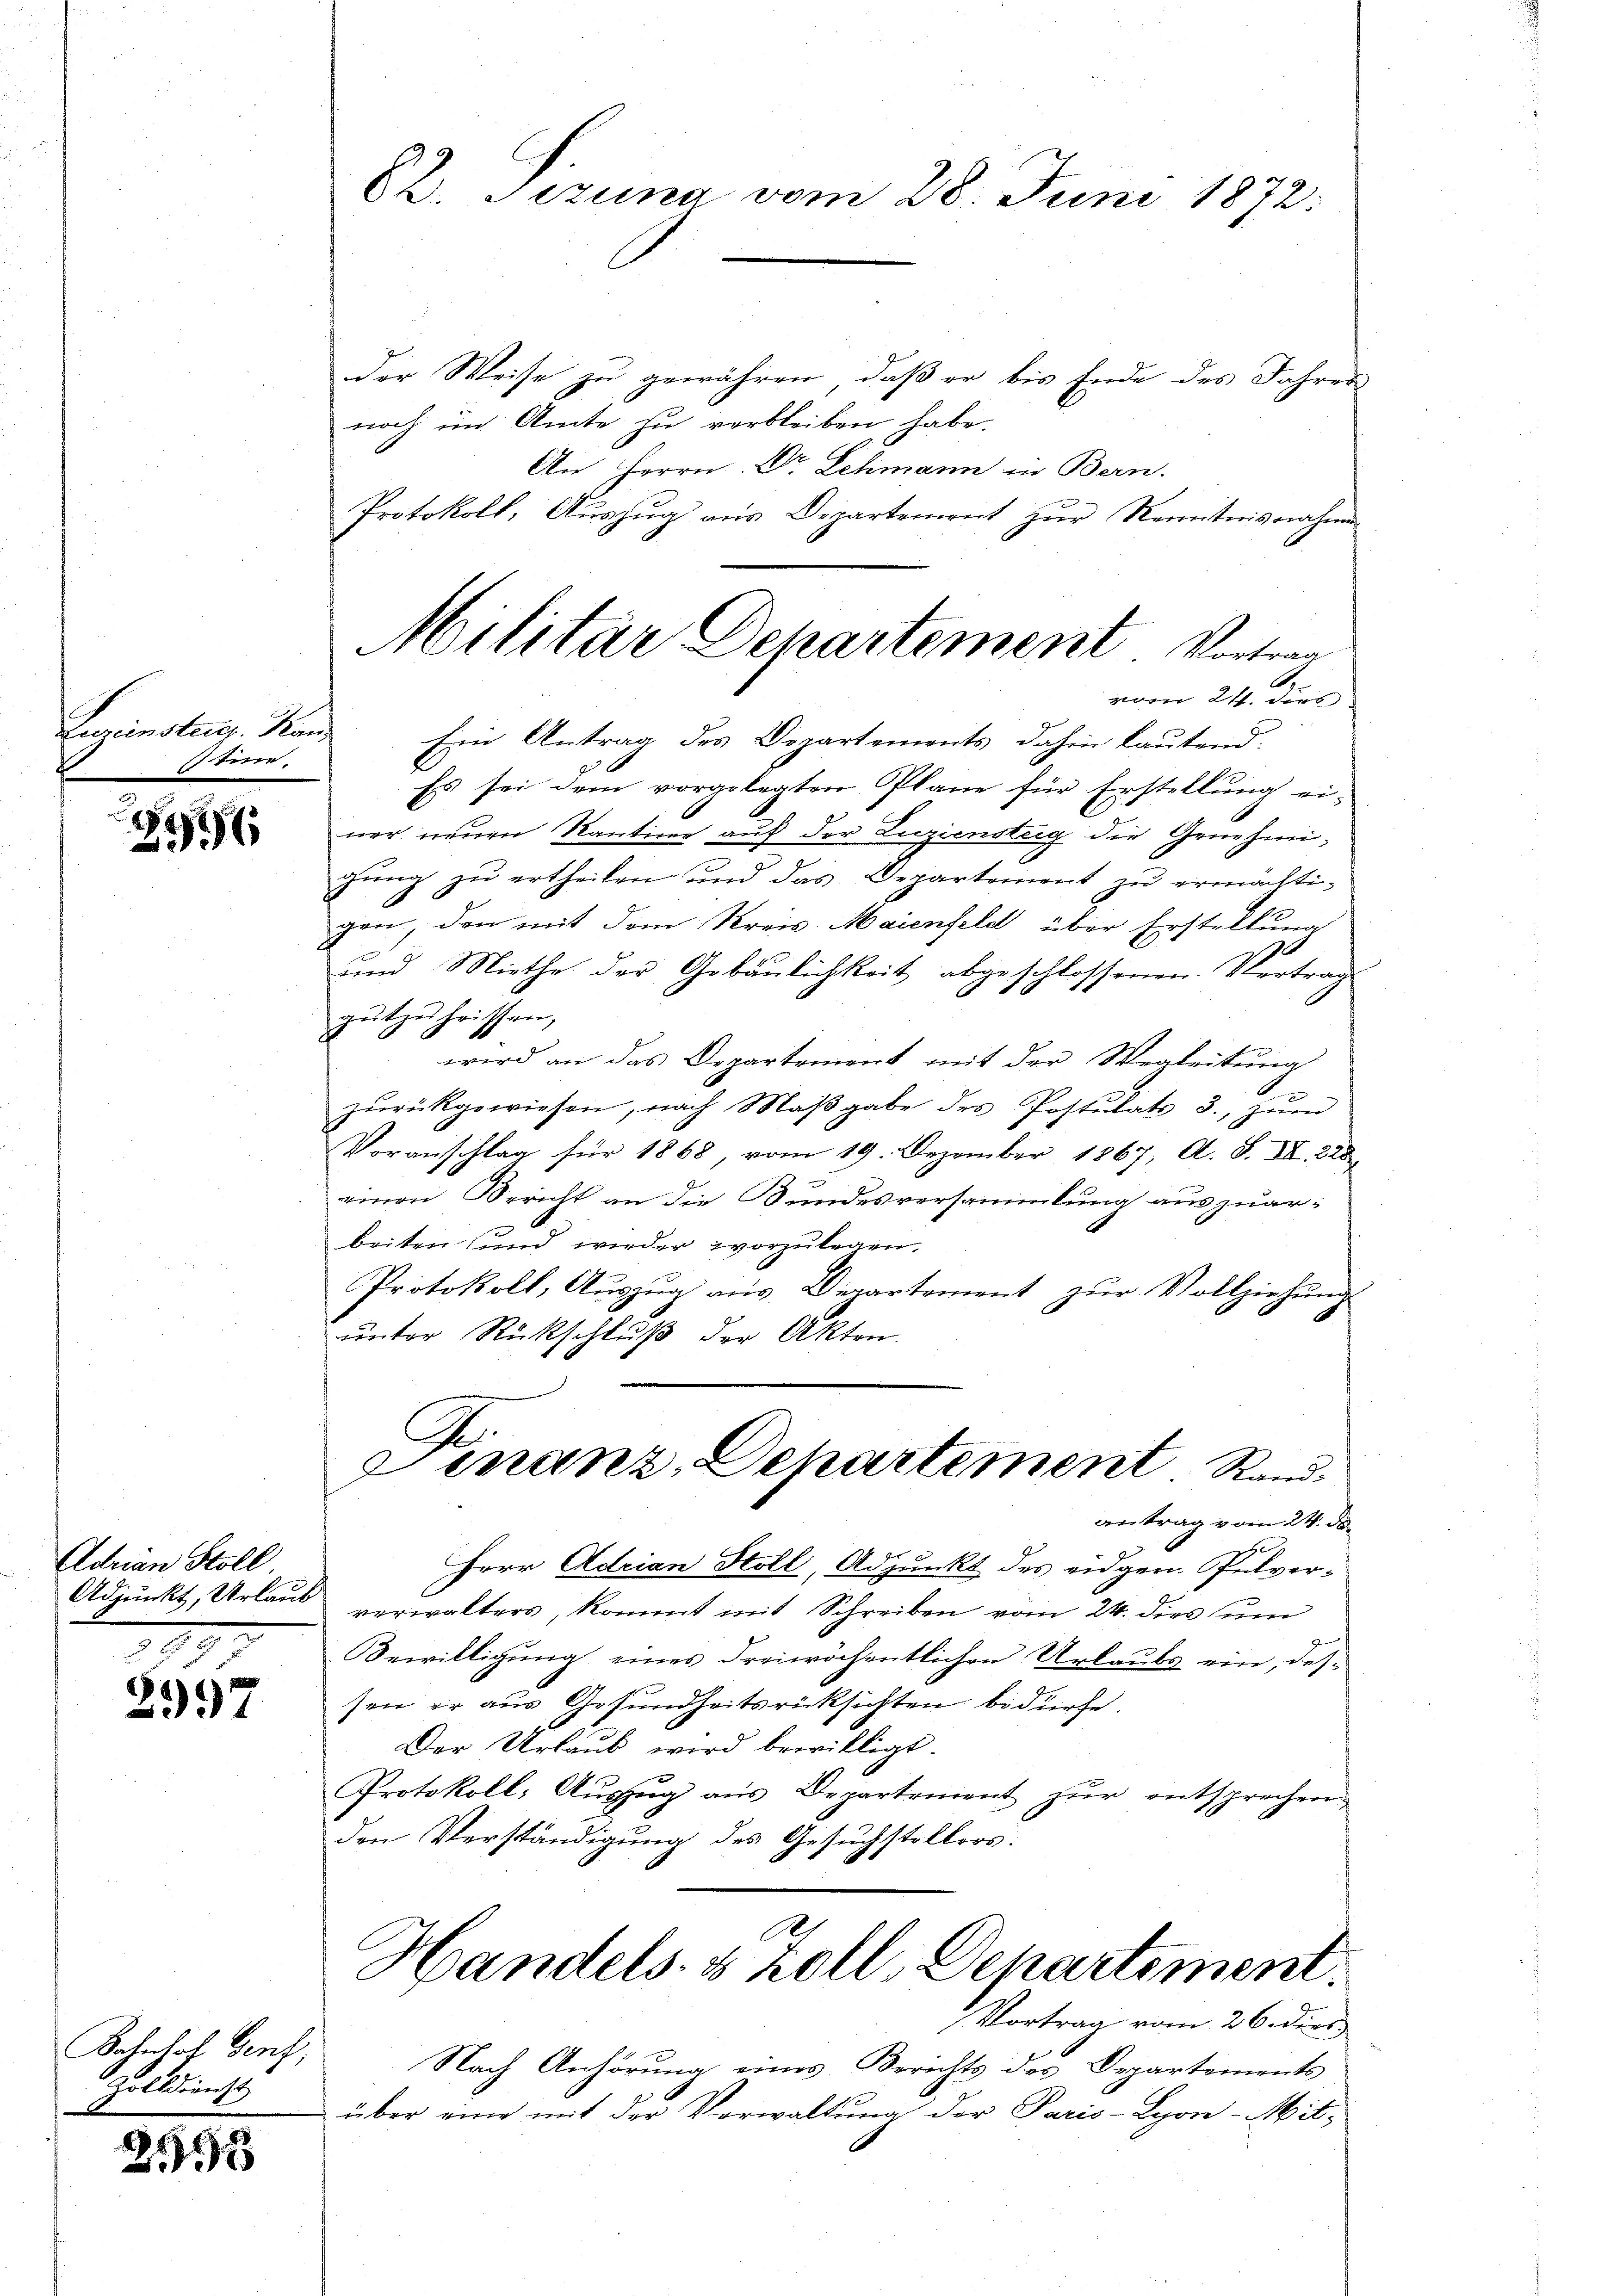
Seriensteig. Na
tine.

246

Adrian Stoll
Adjunkt, Urlaub

IIII
2997

Bahnhof Genf,
Zolldienst

256

C. Sizung vom 28. Juni 1872:

Militar Departement Vortrag
f

der Weise zu gewähren, daß er bis Ende des Jahres
noch im Amte zu verbleiben habe.
An Herrn Dr. Lehmann in Bern.
Protokoll, Auszug aus Departement zur Kenntnisnahme
vom 24. ders
Ein Antrag des Departements dahin lautend.
Es sei dem vorgelegten Pläne für Erstellung ei-
ner neuen Kantine auf der Luziensteig die Genehmigŭng zŭ ertheilen und das Departement zu ermächtigen, den mit dem Kreis Maienfeld über Erstellung
und Miethe der Gebäulichkeit abgeschlossenen Vertrag
gutzuheissen,
wird an das Departement mit der Wegleitung
zŭrückgewiesen, nach Maβgabe des Postulats 3. zŭm
Voranschlag für 1868, vom 19. Dezember 1867, A. S. XII. 228
einen Bericht an die Bundesversammlung auszuarbeiten und wieder vorzulegen.
Protokoll, Aŭszŭg aŭs Departement zŭr Vollziehŭng
unter Rückschluß der Akten.
Finanz-Departement. Rand.
antrag vom 24. de
Herr Adrian Stoll, Adjunkt des eidgen. Pulververwalters, kommt ins Schreiben vom 24. dies zum
Bewilligung eines dreiwöchentlichen Urlaubs ein, dessen er aus Gesundheitsrücksichten bedürfe.
Der Urlaub wird bewilligt.
Protokoll: Aŭszŭg aŭs Departement zŭr entsprochen
den Verständigung des Gesuchstellers.
A
Handels- & Zoll, Departement
Vortrag vom 26. dies
Nach Anhörung eines Berichts des Departements
über eine mit der Verwaltung der Paris-Lyon-Mit-